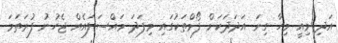
އަދި މިއީ މިހާ ގިނަ އަދަދަކަށް ފޯމްތަކުގައި މިފަދަ މައްސަލައެއް ޖެހުނު ފުރަތަމަ